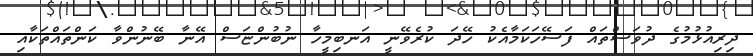
ދިރިއުޅުމުގެ ދުވަސްތައް ފަސޭހަކަމާއެކު ހޭދަ ކުރެވޭނީ އަނބިމީހާ ނުބުންޏަސް އޭނާ ބޭނުންވާ ކަންތައްތަކާއި